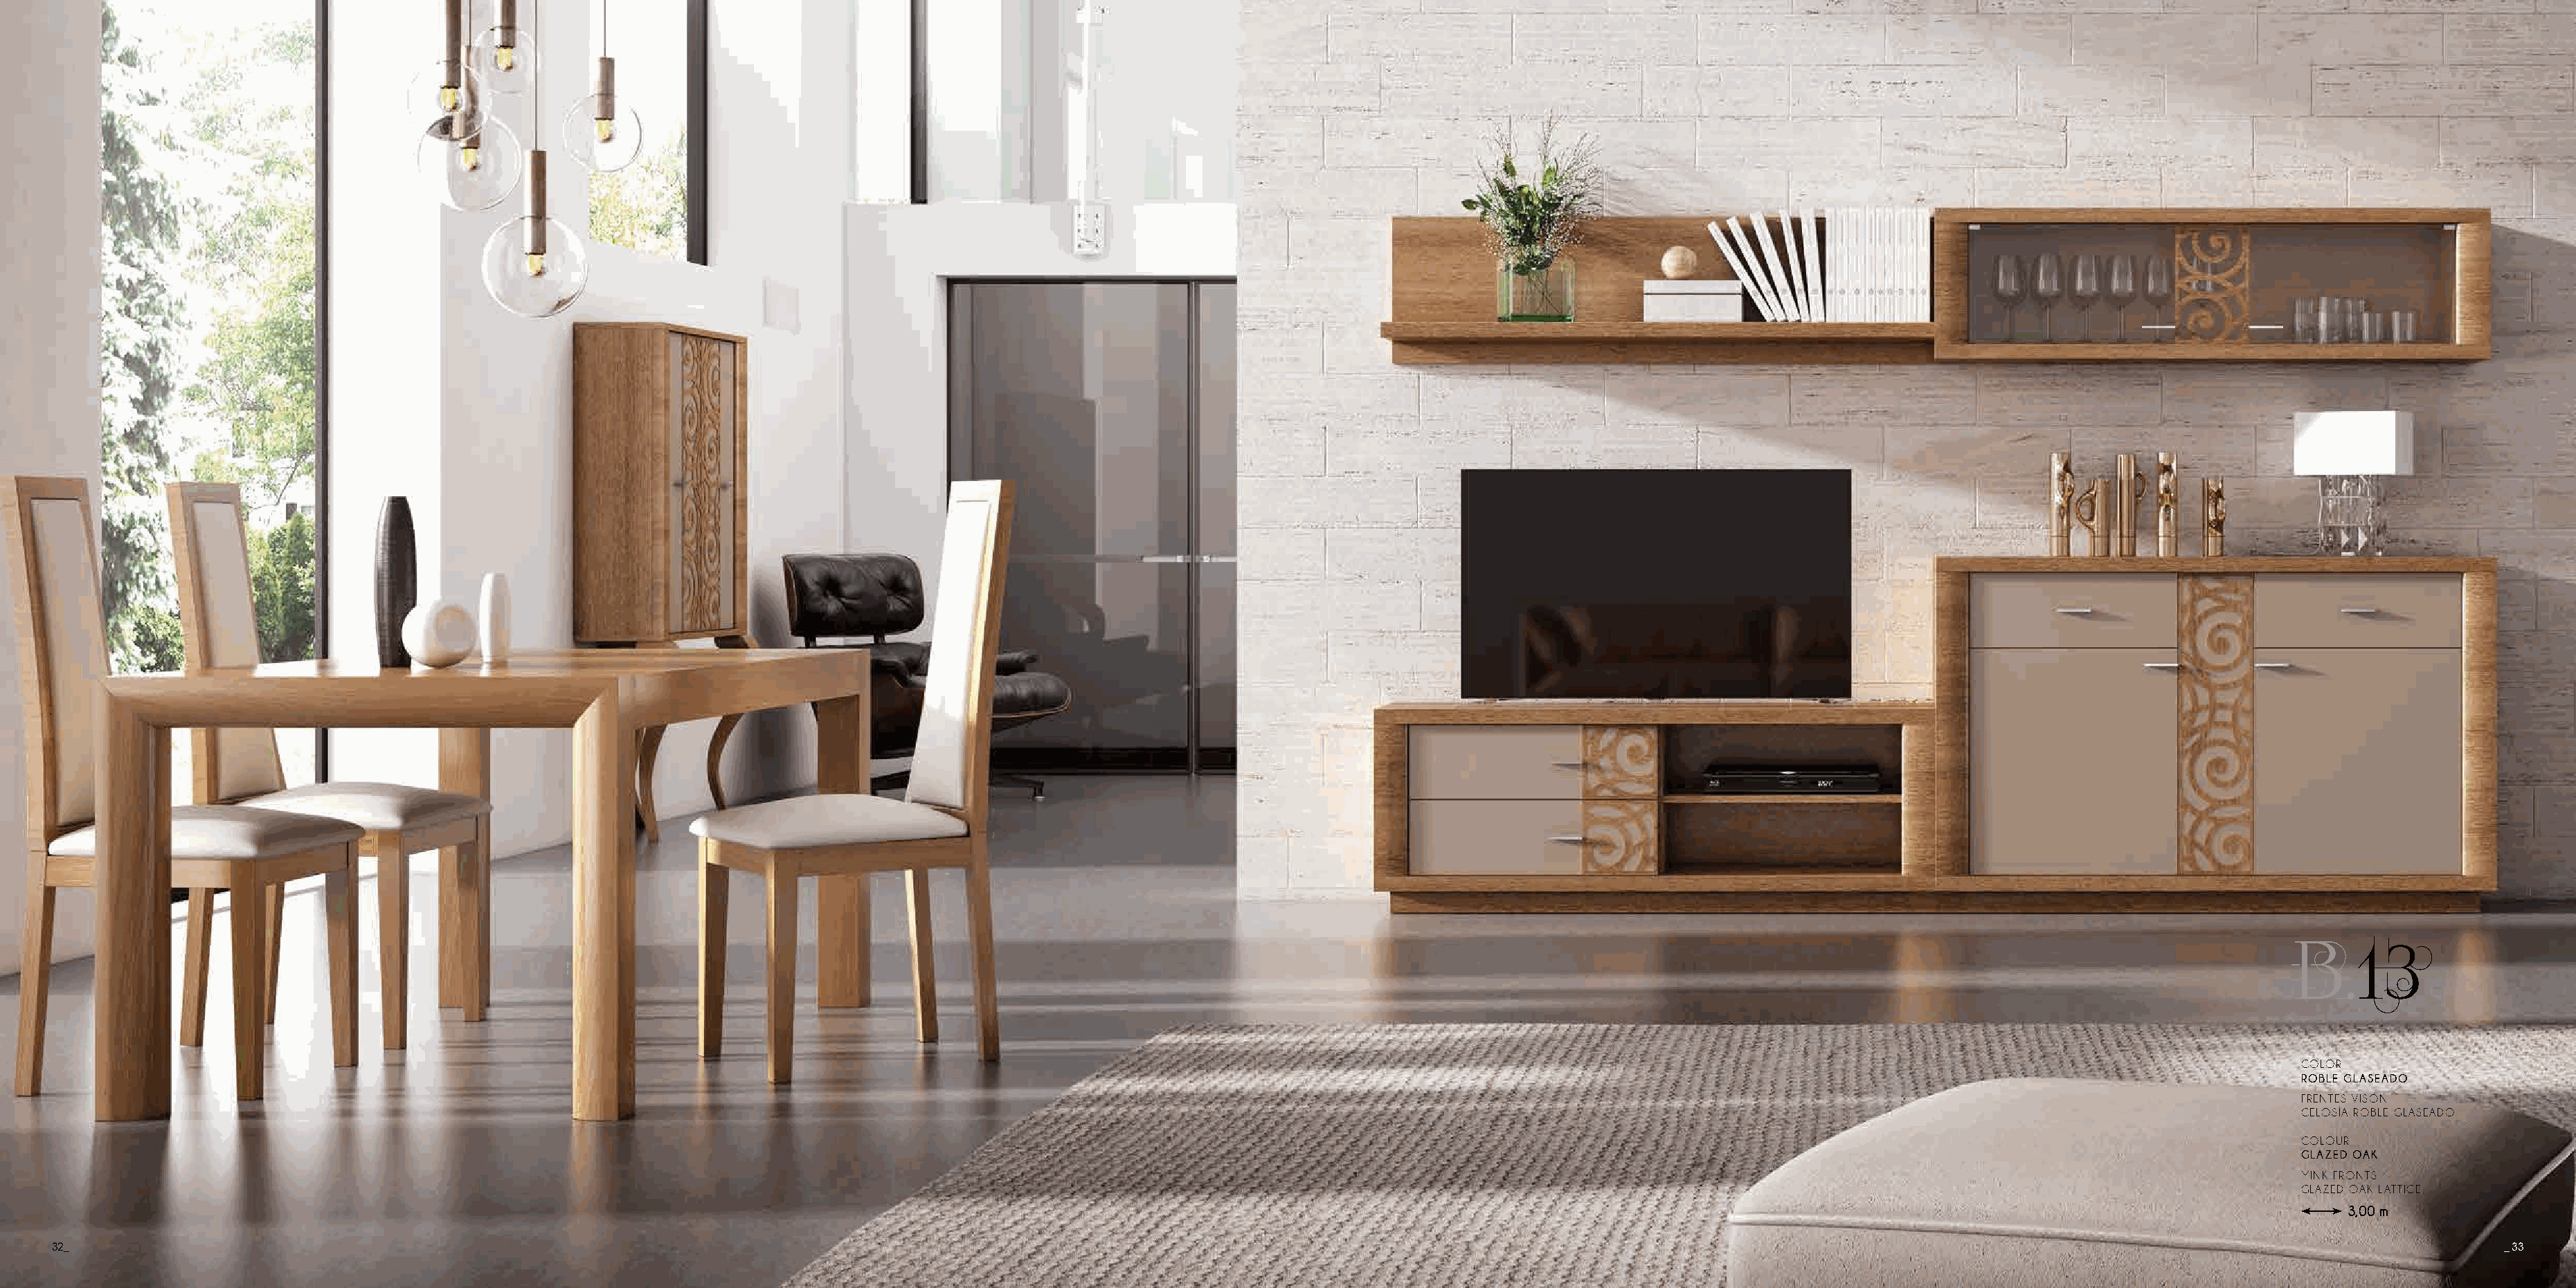
B.13
 COLOR
 ROBLE GLASEADO
 FRENTES VISÓN
 CELOSÍA ROBLE GLASEADO
 COLOUR
 GLAZED OAK
 MINK FRONTS
 GLAZED OAK LATTICE
 3,00 m
 32_                                                                                                                                                                                                                                       _ 33